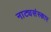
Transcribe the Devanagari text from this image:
नाट्यसंस्कार